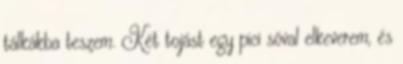
tálkákba teszem. Két tojást egy pici sóval elkeverem, és